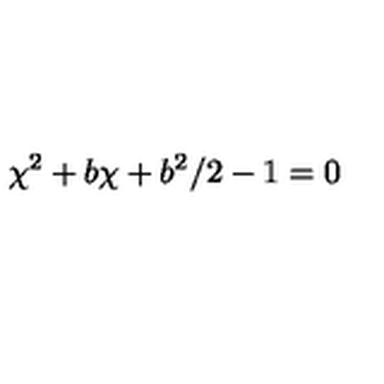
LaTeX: \chi ^ { 2 } + b \chi + b ^ { 2 } / 2 - 1 = 0